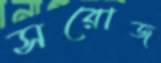
সরোজ